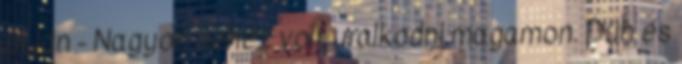
útján - Nagyon nehéz volt uralkodni magamon. Düh és